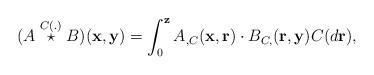
LaTeX: \begin{align*}(A\stackrel{C(.)}{\star}B)(\mathbf{x},\mathbf{y}) = \int_{0}^{\mathbf{z}} A_{,C}(\mathbf{x},\mathbf{r})\cdot B_{C,}(\mathbf{r},\mathbf{y})C(d\mathbf{r}),\end{align*}